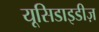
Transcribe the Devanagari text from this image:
यूसिडाइडीज़